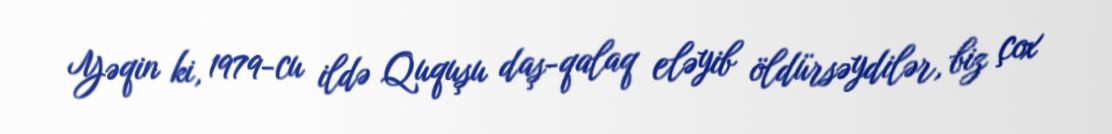
Yəqin ki, 1979-cu ildə Ququşu daş-qalaq eləyib öldürsəydilər, biz çox